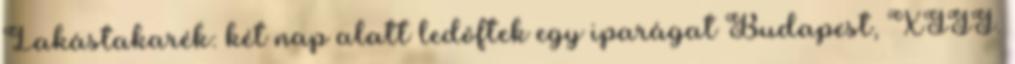
Lakástakarék: két nap alatt ledöftek egy iparágat Budapest, XIII.